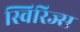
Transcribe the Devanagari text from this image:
स्विरिज्स